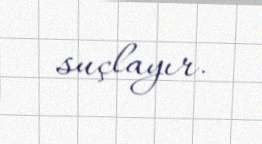
suçlayır.